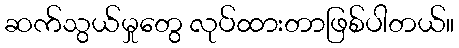
ဆက်သွယ်မှုတွေ လုပ်ထားတာဖြစ်ပါတယ်။